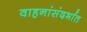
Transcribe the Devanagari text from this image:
वाहनांसंदर्भात